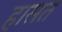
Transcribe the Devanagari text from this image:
हासत